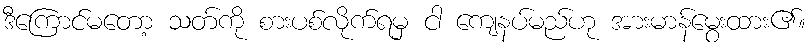
ဒီကြောင်မတော့ သတ်ကို စားပစ်လိုက်ရမှ ငါ ကျေနပ်မည်ဟု အားမာန်မွေးထား၏။